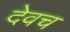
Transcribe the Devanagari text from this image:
देवच